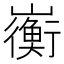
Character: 𫶣